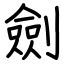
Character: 劍